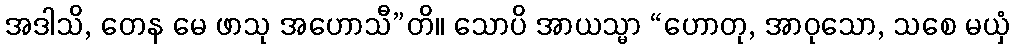
အဒါသိ, တေန မေ ဖာသု အဟောသီ”တိ။ သောပိ အာယသ္မာ “ဟောတု, အာဝုသော, သစေ မယှံ